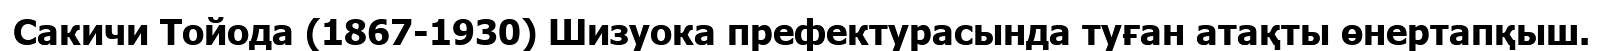
Сакичи Тойода (1867-1930) Шизуока префектурасында туған атақты өнертапқыш.